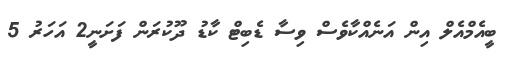
ބީއެމްއެލް އިން އަނެއްކާވެސް ވިސާ ޑެބިޓް ކާޑު ދޫކުރަން ފަށަނީ2 އަހަރު 5